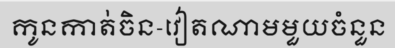
កូនកាត់ចិន-វៀតណាមមួយចំនួន